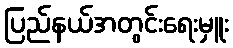
ပြည်နယ်အတွင်းရေးမှူး